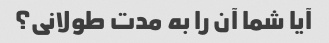
آیا شما آن را به مدت طولانی؟